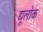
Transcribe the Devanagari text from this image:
द्यूलोक